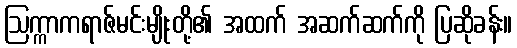
ဩက္ကာကရာဇ်မင်းမျိုးတို့၏ အထက် အဆက်ဆက်ကို ပြဆိုခန်း။